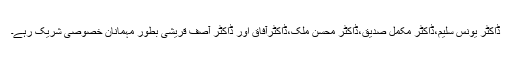
ڈاکٹر یونس سلیم،ڈاکٹر مکمل صدیق،ڈاکٹر محسن ملک،ڈاکٹرآفاق اور ڈاکٹر آصف قریشی بطور مہمانان خصوصی شریک رہے۔